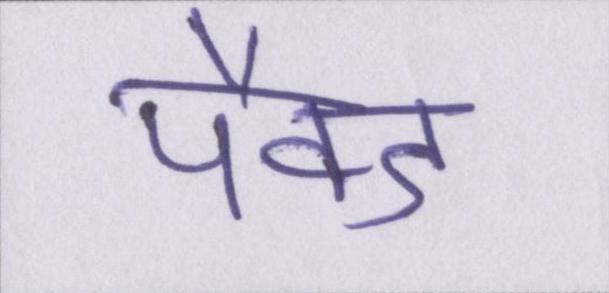
पैक्ड